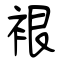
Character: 裉